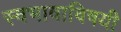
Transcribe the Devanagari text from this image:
स्वभावाविषयी